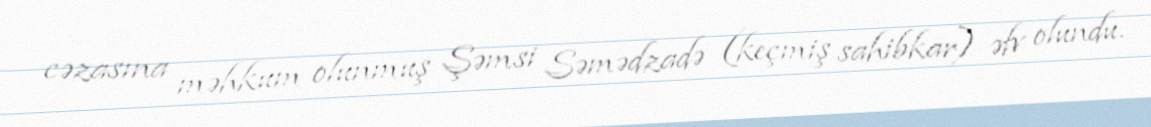
cəzasına məhkum olunmuş Şəmsi Səmədzadə (keçmiş sahibkar) əfv olundu.